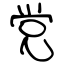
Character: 党